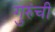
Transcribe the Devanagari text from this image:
गुरुंची